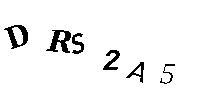
DRS2A5